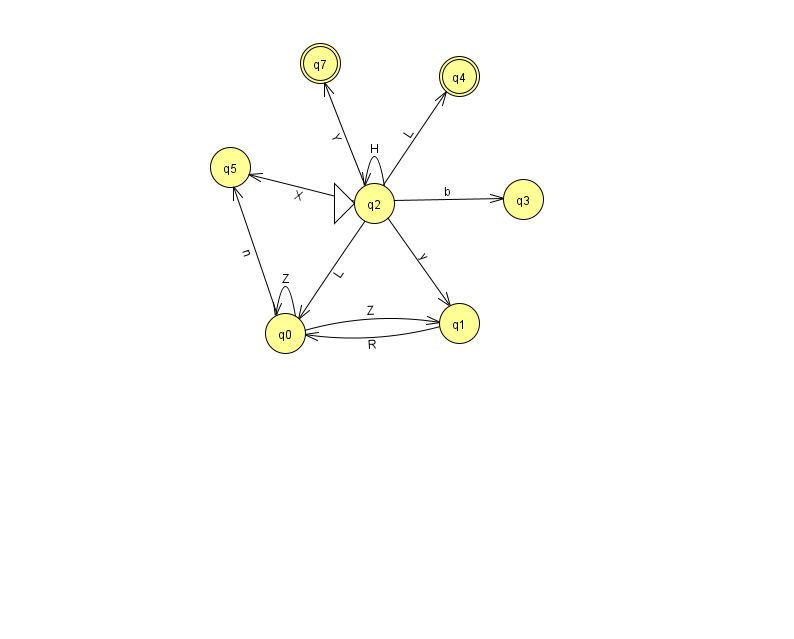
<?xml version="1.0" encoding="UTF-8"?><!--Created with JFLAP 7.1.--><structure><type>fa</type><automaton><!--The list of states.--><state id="0" name="q0"><x>285.0</x><y>320.0</y></state><state id="1" name="q1"><x>459.0</x><y>310.0</y></state><state id="2" name="q2"><x>374.0</x><y>190.0</y><initial/></state><state id="3" name="q3"><x>523.0</x><y>186.0</y></state><state id="4" name="q4"><x>459.0</x><y>63.0</y><final/></state><state id="5" name="q5"><x>230.0</x><y>154.0</y></state><state id="7" name="q7"><x>320.0</x><y>50.0</y><final/></state><!--The list of transitions.--><transition><from>2</from><to>4</to><read>L</read></transition><transition><from>2</from><to>7</to><read>Y</read></transition><transition><from>1</from><to>0</to><read>R</read></transition><transition><from>2</from><to>3</to><read>b</read></transition><transition><from>2</from><to>2</to><read>H</read></transition><transition><from>2</from><to>1</to><read>y</read></transition><transition><from>0</from><to>0</to><read>Z</read></transition><transition><from>0</from><to>5</to><read>n</read></transition><transition><from>2</from><to>0</to><read>L</read></transition><transition><from>2</from><to>5</to><read>X</read></transition><transition><from>0</from><to>1</to><read>Z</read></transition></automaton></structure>